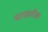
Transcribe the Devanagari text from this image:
चाचणीस